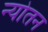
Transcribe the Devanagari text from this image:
न्योतन